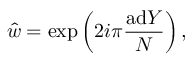
\hat { w } = \exp \left( 2 i \pi { \frac { \mathrm { a d } Y } { N } } \right) ,